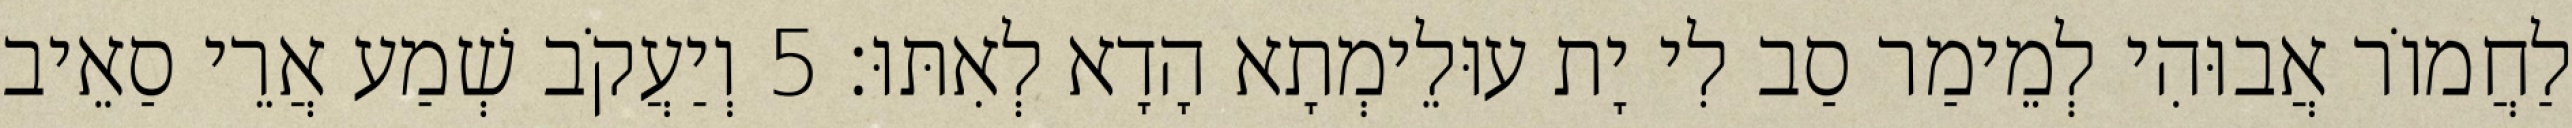
לַחֲמוֹר אֲבוּהִי לְמֵימַר סַב לִי יָת עוּלֵימְתָא הָדָא לְאִתּוּ׃ 5 וְיַעֲקֹב שְׁמַע אֲרֵי סַאֵיב